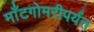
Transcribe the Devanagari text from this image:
माँटगोमरीपर्यंत